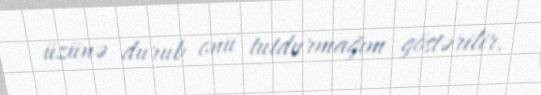
üzünə durub onu tutdurmağım göstərilir.